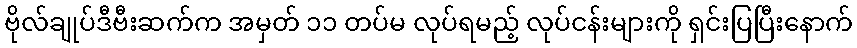
ဗိုလ်ချုပ်ဒီဗီးဆက်က အမှတ် ၁၁ တပ်မ လုပ်ရမည့် လုပ်ငန်းများကို ရှင်းပြပြီးနောက်